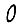
Digit: 0